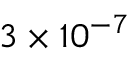
3 \times 1 0 ^ { - 7 }